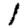
Digit: 1